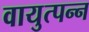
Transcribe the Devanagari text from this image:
वायुत्पन्न